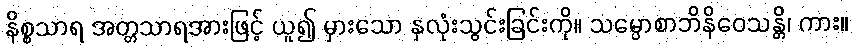
နိစ္စသာရ အတ္တသာရအားဖြင့် ယူ၍ မှားသော နှလုံးသွင်းခြင်းကို။ သမ္ပောစာဘိနိဝေသန္တိ၊ ကား။